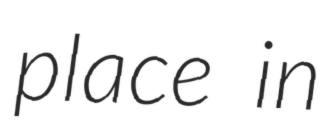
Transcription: place in